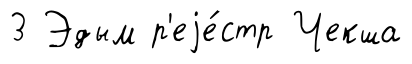
3 Эдым р'еjе́стр Чекша